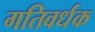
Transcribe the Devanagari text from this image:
गतिवर्धक